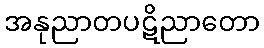
အနုညာတပဋိညာတော